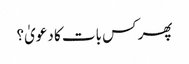
پھر کس بات کا دعویٰ؟